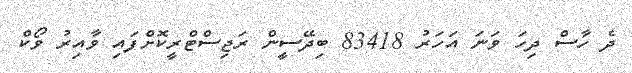
ދެ ހާސް ދިހަ ވަނަ އަހަރު 83418 ބިދޭސީން ރަޖިސްޓްރީކޮށްފައި ވާއިރު ވޯކް